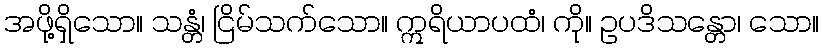
အဖို့ရှိသော။ သန္တံ၊ ငြိမ်သက်သော။ ဣရိယာပထံ၊ ကို။ ဥပဒိသန္တော၊ သော။